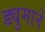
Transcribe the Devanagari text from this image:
ड्युमाने